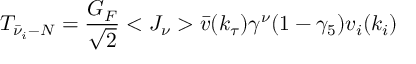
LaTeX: T _ { \bar { \nu } _ { i } - N } = \frac { G _ { F } } { \sqrt { 2 } } < J _ { \nu } > \bar { v } ( k _ { \tau } ) \gamma ^ { \nu } ( 1 - \gamma _ { 5 } ) v _ { i } ( k _ { i } )